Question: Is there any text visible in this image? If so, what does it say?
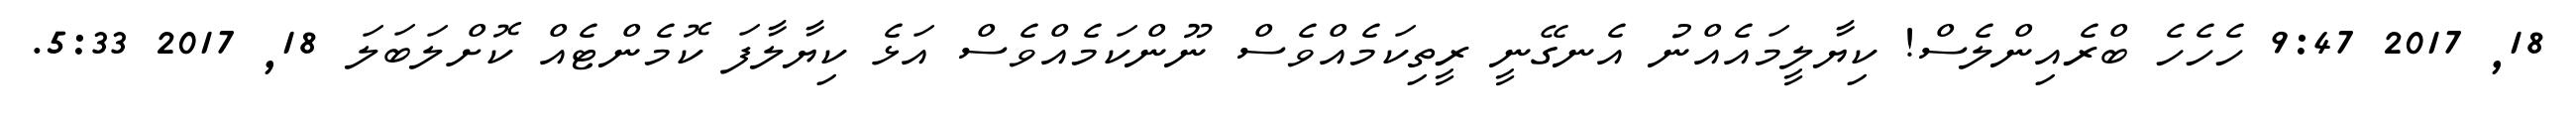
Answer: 18, 2017 9:47 ހެހެހެ ބްރެއިންލެސް! ކިޔާލީމައެއްނު އެނގޭނީ ރީތިކަމެއްވެސް ނޫންކަމެއްވެސް އަޅެ ކިޔާލާފަ ކޮމެންޓެއް ކޮށްލަބަލަ 18, 2017 5:33.